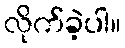
လိုက်ခဲ့ပါ။